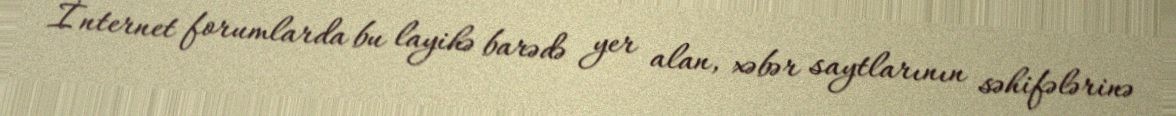
İnternet forumlarda bu layihə barədə yer alan, xəbər saytlarının səhifələrinə